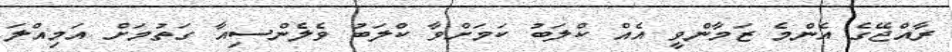
ރާއްޖޭގެ އެންމެ ޒަމާންވީ އެއް ކްލަބު ކަމަށްވާ ކްލަބު ވެލެންސިއާ ގަތުމަށް އަމިއްލަ